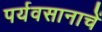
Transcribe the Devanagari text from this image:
पर्यवसानाचें